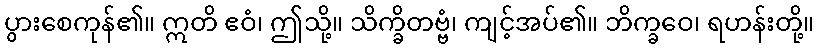
ပွားစေကုန်၏။ ဣတိ ဧဝံ၊ ဤသို့။ သိက္ခိတဗ္ဗံ၊ ကျင့်အပ်၏။ ဘိက္ခဝေ၊ ရဟန်းတို့။